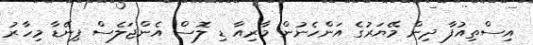
އިސްތިއުފާ ދިން މޭޔަރުގެ އަންހެނުން މާރިއާ ޑި ލޮސް އެންޖަލެސް ޕިނޭޑާ މިހާރު